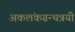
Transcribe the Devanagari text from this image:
अकलंकग्रन्थत्रयी